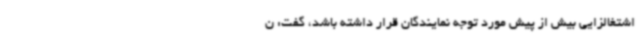
اشتغالزایی بیش از پیش مورد توجه نمایندگان قرار داشته باشد، گفت: ن